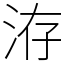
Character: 洊